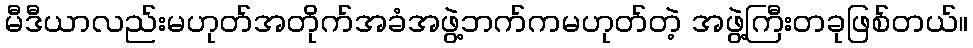
မီဒီယာလည်းမဟုတ်အတိုက်အခံအဖွဲ့ဘက်ကမဟုတ်တဲ့ အဖွဲ့ကြီးတခုဖြစ်တယ်။